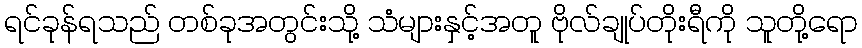
ရင်ခုန်ရသည် တစ်ခုအတွင်းသို့ သံများနှင့်အတူ ဗိုလ်ချုပ်တိုးရီကို သူတို့ရော